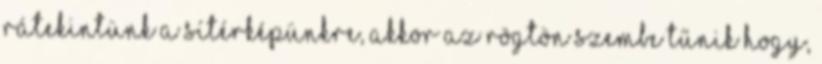
rátekintünk a sítérképünkre, akkor az rögtön szembe tűnik hogy,